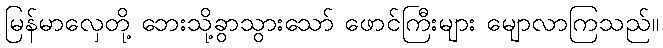
မြန်မာလှေတို့ ဘေးသို့ခွာသွားသော် ဖောင်ကြီးများ မျောလာကြသည်။